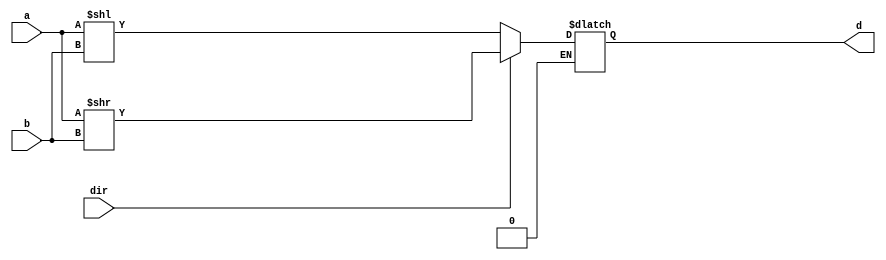
`timescale 1ns/100ps
module lab1_1(a, b, dir, d);
    input [3:0] a;
    input [1:0] b;
    input dir;
    output reg [3:0] d;
    always @* begin
        if(dir == 1'b0) d = a << b;
        else if(dir == 1'b1) d = a >> b;
    end
endmodule